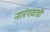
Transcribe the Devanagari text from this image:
नारंगवाडी